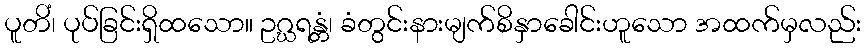
ပူတိံ၊ ပုပ်ခြင်းရှိထသော။ ဥဂ္ဃရန္တံ၊ ခံတွင်းနားမျက်စိနှာခေါင်းဟူသော အထက်မှလည်း